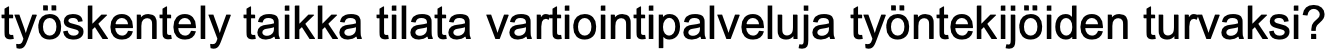
työskentely taikka tilata vartiointipalveluja työntekijöiden turvaksi?